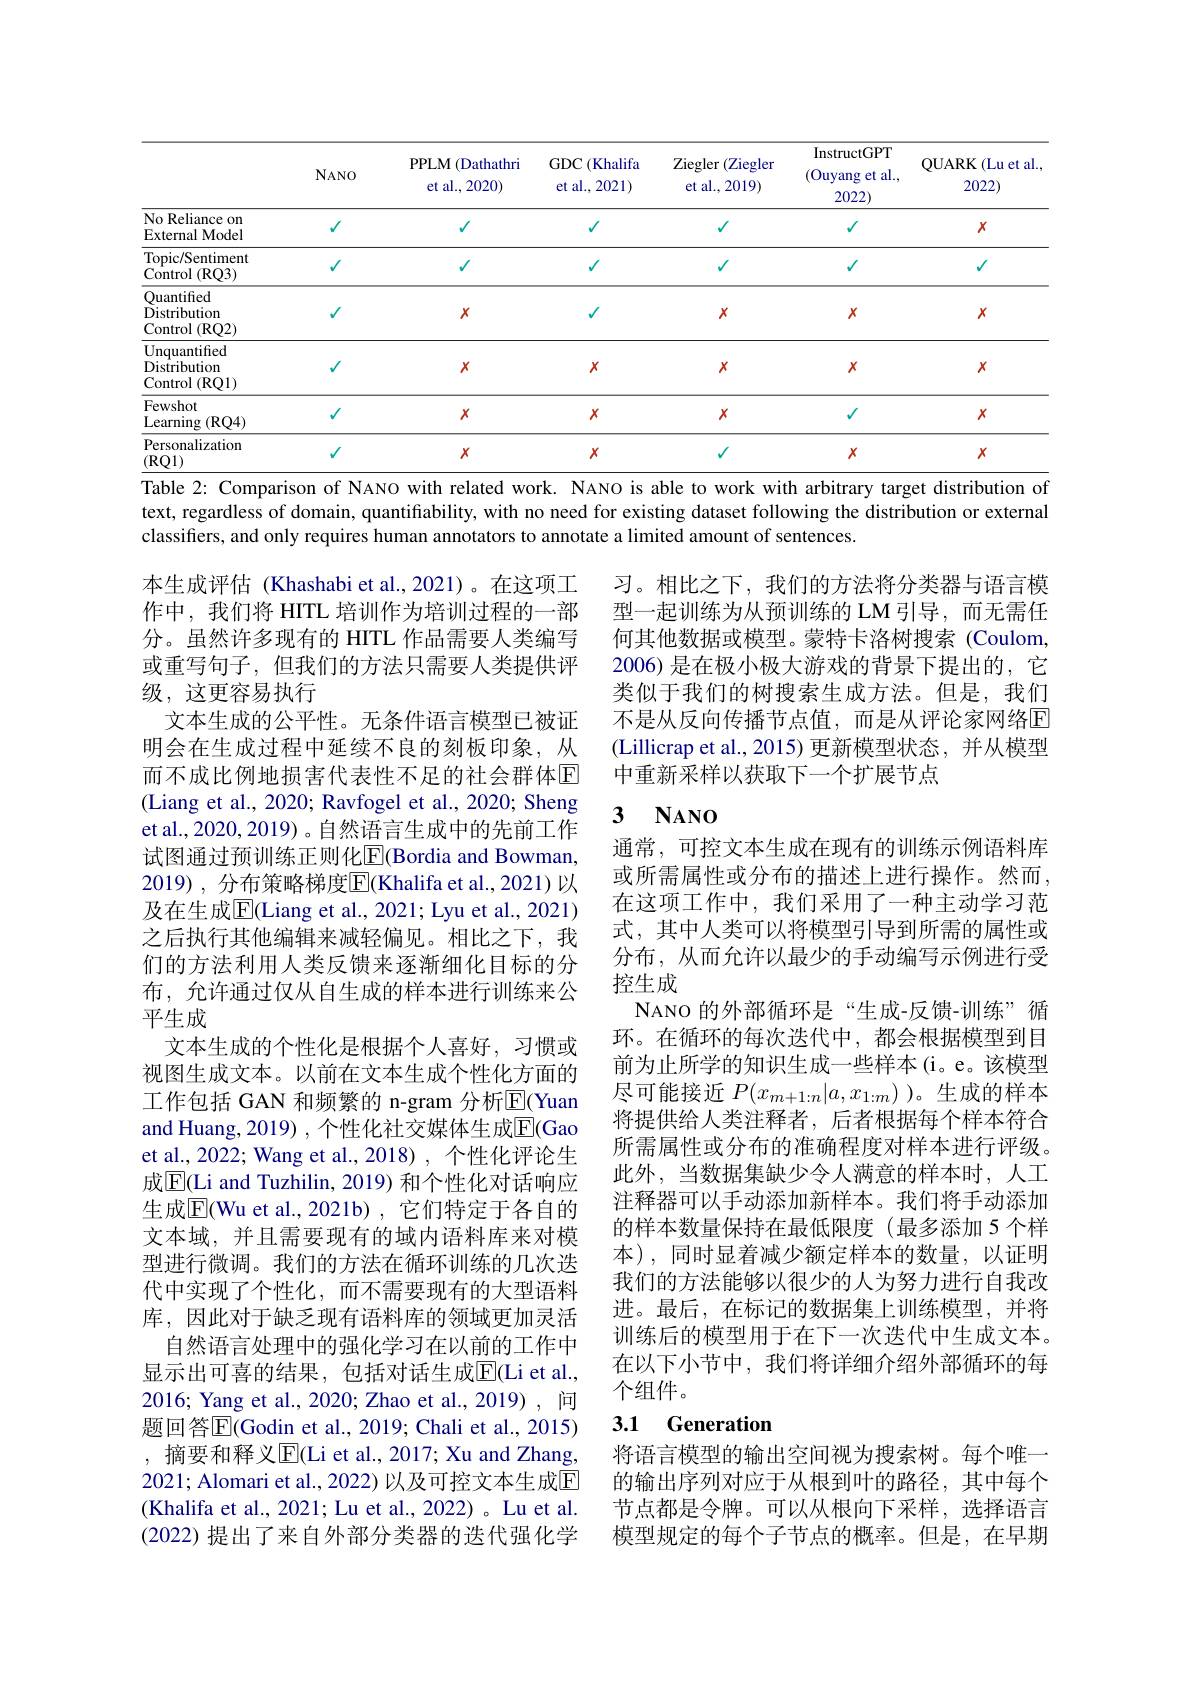
<table>
	<tbody>
		<tr>
			<th> </th>
			<th>$NANO$</th>
			<th>PPLM 1 (Dathathri T et al.,2020)</th>
			<th>GDC$\left(\mathrm{Khalifa}\right)$ et al.,2021)</th>
			<th>Ziegler ( Ziegler et al., 2019)</th>
			<th>InstructGPT (Ouyang et al., 2022</th>
			<th>QUARK ${\mathrm{.}}($Lu et al. 2022)</th>
		</tr>
		<tr>
			<td>No Reliance on External Model</td>
			<td>$V$</td>
			<td>$√$</td>
			<td>$√$</td>
			<td>$√$</td>
			<td>$√$</td>
			<td>$X$</td>
		</tr>
		<tr>
			<td>Topic/Sentiment Control (RQ3)</td>
			<td>$V$</td>
			<td>$√$</td>
			<td>$√$</td>
			<td>$√$</td>
			<td>$√$</td>
			<td>$\sqrt{1}$</td>
		</tr>
		<tr>
			<td>Ouantified Distribution Control 1 (RQ2)</td>
			<td>V</td>
			<td>$X$</td>
			<td>$√$</td>
			<td>$X$</td>
			<td>$X$</td>
			<td>$X$</td>
		</tr>
		<tr>
			<td>Unquantified Distribution $\mathbf{l} \left ( \mathrm{RQ1}\right )$ Control</td>
			<td>$V$</td>
			<td>$X$</td>
			<td>$X$</td>
			<td>$X$</td>
			<td>$X$</td>
			<td>$X$</td>
		</tr>
		<tr>
			<td>Fewshot Learning (RQ4)</td>
			<td>$V$</td>
			<td>$X$</td>
			<td>$X$</td>
			<td>$X$</td>
			<td>$√$</td>
			<td>$X$</td>
		</tr>
		<tr>
			<td>Personalization $(\mathbf{RQ}1)$</td>
			<td>$√$</td>
			<td>$X$</td>
			<td>$X$</td>
			<td>$√$</td>
			<td>$X$</td>
			<td>$X$</td>
		</tr>
	</tbody>
</table>
Table 2: Comparison of NANO with related work. NANO is able to work with arbitrary target distribution of

text, regardless of domain, quantifiability, with no need for existing dataset following the distribution or external
classifiers, and only requires human annotators to annotate a limited amount of sentences.

习。相比之下，我们的方法将分类器与语言模型一起训练为从预训练的 LM 引导，而无需任何其他数据或模型。蒙特卡洛树搜索(Coulom, 2006) 是在极小极大游戏的背景下提出的，它类似于我们的树搜索生成方法。但是，我们不是从反向传播节点值，而是从评论家网络E (Lillicrap et al.,2015)更新模型状态，并从模型中重新采样以获取下一个扩展节点

## 3 $\mathbf{NANO}$

本生成评估 (Khashabi et al.,2021)。在这项工作中，我们将 HITL 培训作为培训过程的一部分。虽然许多现有的 HITL 作品需要人类编写或重写句子，但我们的方法只需要人类提供评级，这更容易执行
文本生成的公平性。无条件语言模型已被证明会在生成过程中延续不良的刻板印象，从而不成比例地损害代表性不足的社会群体$\overline{\mathrm{E}}$ (Liang et al., 2020; Ravfogel et al., 2020; Sheng et al., 2020, 2019) 。自然语言生成中的先前工作试图通过预训练正则化$\overline{\mathbb{E}}($Bordia and Bowman, 2019), 分布策略梯度$\overline{\mathrm{E}}($Khalifa et al.,2021)以及在生成$\overline{\mathrm{E}}($Liang et al., 2021; Lyu et al., 2021) 之后执行其他编辑来减轻偏见。相比之下，我们的方法利用人类反馈来逐渐细化目标的分布，允许通过仅从自生成的样本进行训练来公平生成
文本生成的个性化是根据个人喜好，习惯或视图生成文本。以前在文本生成个性化方面的工作包括 GAN 和频繁的 n-gram 分析$\overline{\mathrm{E}}($Yuan and Huang, 2019) , 个性化社交媒体生成$\overline{\mathrm{E}}($Gao et al., 2022; Wang et al., 2018) , 个性化评论生成$\boxed{\mathrm{E}}($Li and Tuzhilin, 2019) 和个性化对话响应生成$\overline{\mathrm{E}}($Wu et al.,2021b),它们特定于各自的文本域，并且需要现有的域内语料库来对模型进行微调。我们的方法在循环训练的几次迭代中实现了个性化，而不需要现有的大型语料库，因此对于缺乏现有语料库的领域更加灵活
自然语言处理中的强化学习在以前的工作中显示出可喜的结果，包括对话生成$\overline{\mathrm{E}}($Li et al. 2016; Yang et al., 2020; Zhao et al., 2019), 间题回答$\overline{\mathrm{E}}($Godin et al., 2019; Chali et al., 2015) ,摘要和释义$\overline{\mathrm{E}}$(Li et al., 2017; Xu and Zhang, 2021; Alomari et al., 2022) 以及可控文本生成$\mathbb{E}$ (Khalifa et al., 2021; Lu et al., 2022) 。{Lu et al.} (2022)提出了来自外部分类器的迭代强化学

通常，可控文本生成在现有的训练示例语料库或所需属性或分布的描述上进行操作。然而， 在这项工作中，我们采用了一种主动学习范式，其中人类可以将模型引导到所需的属性或分布，从而允许以最少的手动编写示例进行受控生成
NANO 的外部循环是“生成-反馈-训练”循环。在循环的每次迭代中，都会根据模型到目前为止所学的知识生成一些样本(i。e。该模型尽可能接近$P(x_m+1:n|a,x_{1:m})$ )。生成的样本将提供给人类注释者，后者根据每个样本符合所需属性或分布的准确程度对样本进行评级。此外，当数据集缺少令人满意的样本时，人工注释器可以手动添加新样本。我们将手动添加的样本数量保持在最低限度(最多添加 5 个样本),同时显着减少额定样本的数量，以证明我们的方法能够以很少的人为努力进行自我改进。最后，在标记的数据集上训练模型，并将训练后的模型用于在下一次迭代中生成文本。在以下小节中，我们将详细介绍外部循环的每个组件。

### 3.1 Generation

将语言模型的输出空间视为搜索树。每个唯一的输出序列对应于从根到叶的路径，其中每个节点都是令牌。可以从根向下采样，选择语言模型规定的每个子节点的概率。但是，在早期